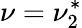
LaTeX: \nu=\nu_{2}^{*}